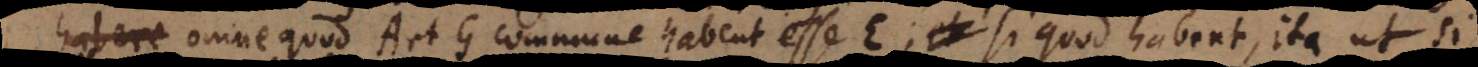
habere omne quod A et G commune habent esse E; si quod habent, ita ut si